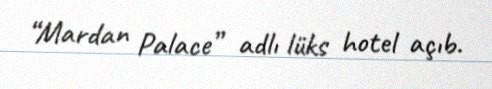
“Mardan Palace” adlı lüks hotel açıb.